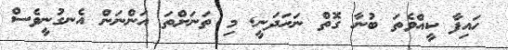
ހައިފާ ކީއްވެތަ ބުނާ ގޮތް ނަހަދަނީ